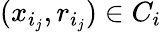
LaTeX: (x_{i_{j}},r_{i_{j}})\in C_{i}